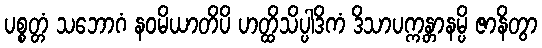
ပစ္စတ္တံ သဘောဂံ နဝမိယာတိပိ ဟတ္ထိသိပ္ပါဒိကံ ဒိသာပက္ကန္တာနမ္ပိ ဇာနိတွာ